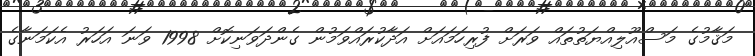
މަޤާމުގެ މަސްއޫލިއްޔަތުތައް ވަރަށް ފުރިހަމައަށް އަދާކުރައްވަމުން ގެންދަވަނިކޮށް 1998 ވަނަ އަހަރު އެކަމަނާގެ